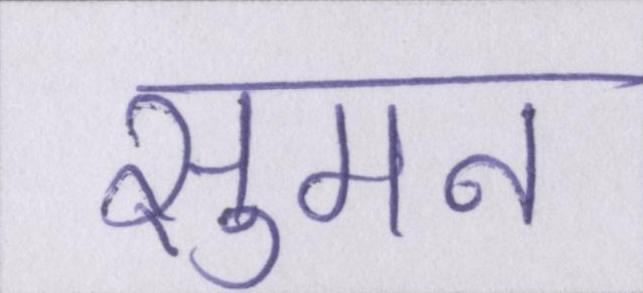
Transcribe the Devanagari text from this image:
सुमन